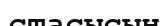
стасысын